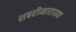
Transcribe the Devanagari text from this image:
शबरीनारायण